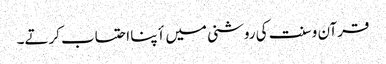
قرآن و سنت کی روشنی میں أپنا احتساب کرتے۔